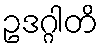
ဥဒဂ္ဂါတိ